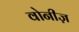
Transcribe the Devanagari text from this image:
वोनीज़